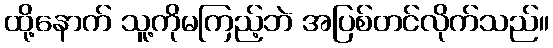
ထို့နောက် သူ့ကိုမကြည့်ဘဲ အပြစ်တင်လိုက်သည်။